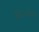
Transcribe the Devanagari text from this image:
निःसंगो